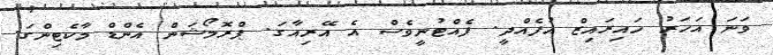
ވަނަ އަހަރު ހައިރައިޒް އުފެއްދީ. ފެއްޓުނީވެސް އެ އޭރިއާގަ. ޕްރޮމޯޝަން އެންޑް މާކެޓިންގަ.